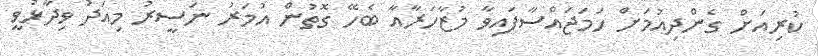
ކުރިއަށް ގެންދިއުމަށް ހަމަޖައްސާފައިވާ މުޒާހަރާއާ ބެހޭ ގޮތުން އުމަރު ނަސީރު މިއަދު ވިދާޅުވީ